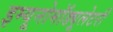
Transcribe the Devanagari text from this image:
इम्यूनोमॉड्यूलेटरी